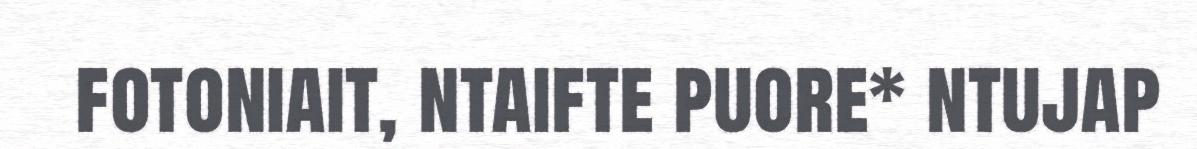
fotoniait, ntaifte puore* ntujap